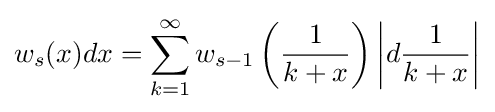
w_{s}(x)dx=\sum _{k=1}^{\infty }w_{s-1}\left({\frac {1}{k+x}}\right)\left\vert d{\frac {1}{k+x}}\right\vert